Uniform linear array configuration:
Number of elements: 4
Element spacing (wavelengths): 0.25
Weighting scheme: hann
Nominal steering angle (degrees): -15
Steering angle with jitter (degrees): -13.703
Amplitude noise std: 0.05
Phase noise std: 0.05

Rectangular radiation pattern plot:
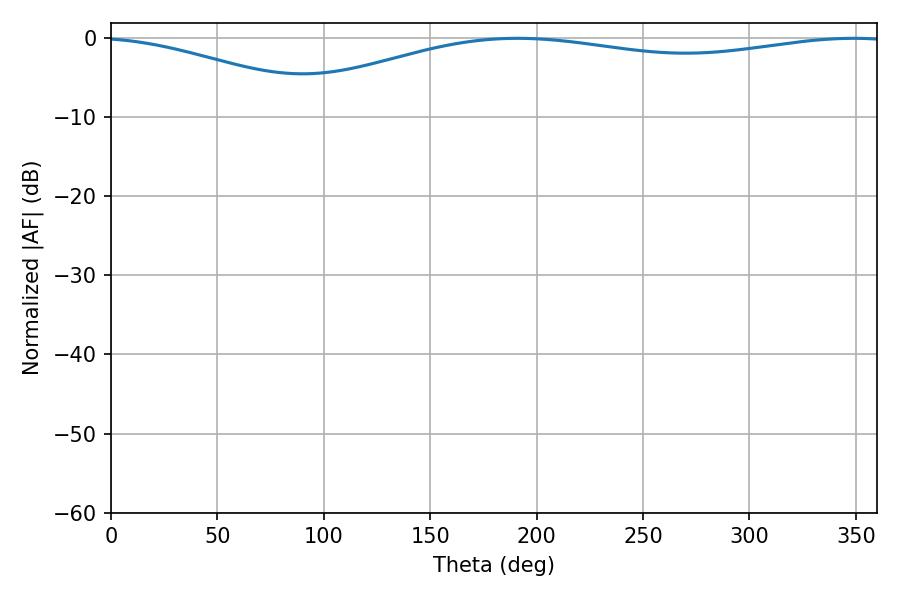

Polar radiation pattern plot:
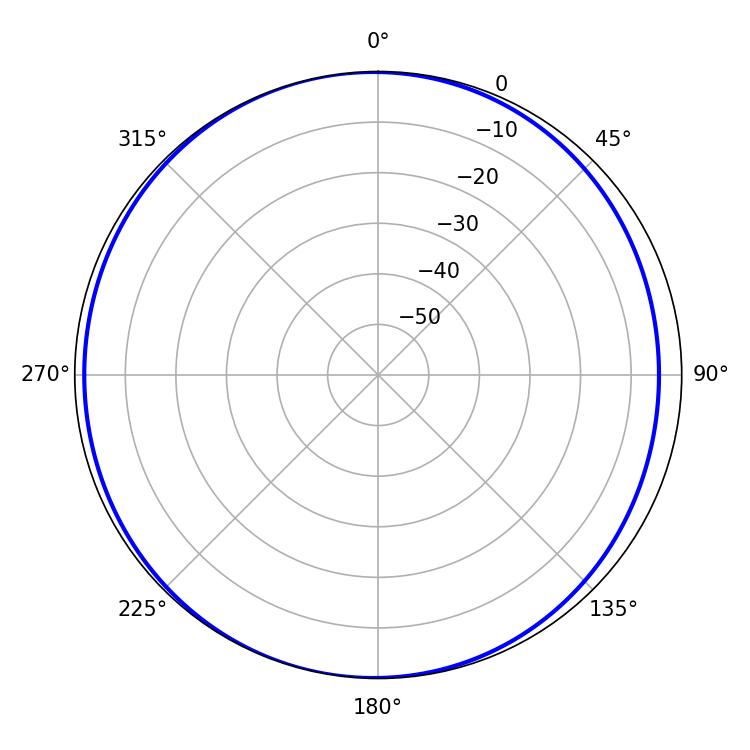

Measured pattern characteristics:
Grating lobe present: FALSE
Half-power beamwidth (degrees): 234.18
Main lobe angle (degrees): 190.98